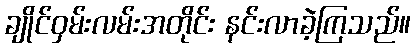
ချိုင်ဝှမ်းလမ်းအတိုင်း နင်းလာခဲ့ကြသည်။